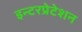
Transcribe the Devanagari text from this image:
इन्टरप्रेटेशन